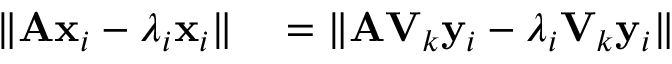
\begin{array} { r l } { \| \mathbf { A x } _ { i } - \lambda _ { i } \mathbf { x } _ { i } \| } & { { } = \| \mathbf { A V } _ { k } \mathbf { y } _ { i } - \lambda _ { i } \mathbf { V } _ { k } \mathbf { y } _ { i } \| } \end{array}